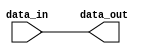
module Generate_Parameterized_Module #(parameter WIDTH = 8) (
    input [WIDTH-1:0] data_in,
    output reg [WIDTH-1:0] data_out
);

always @* begin
    data_out = data_in;
end

endmodule